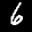
Label: 6